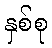
နှစ်စု